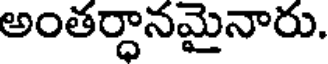
అంతర్ధానమైనారు.